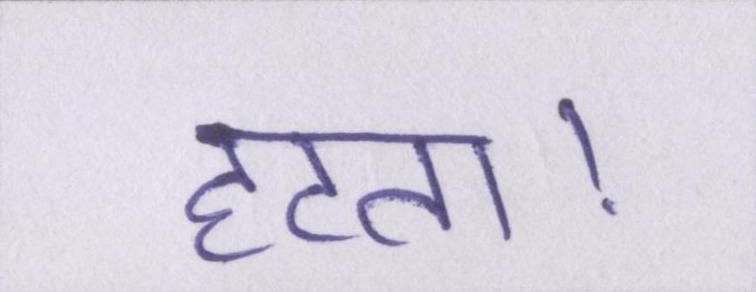
हटता।